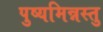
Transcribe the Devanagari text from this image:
पुष्यमिन्नस्तु